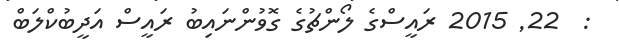
:  22